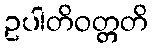
ဥပါတိဝတ္တတိ